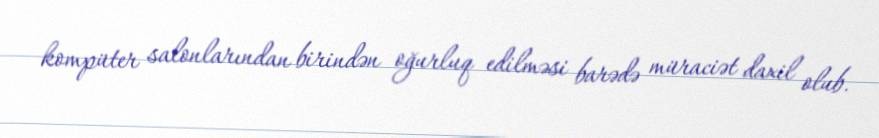
kompüter salonlarından birindən oğurluq edilməsi barədə müraciət daxil olub.